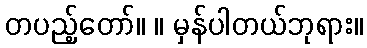
တပည့်တော်။ ။ မှန်ပါတယ်ဘုရား။